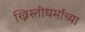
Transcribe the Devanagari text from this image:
ख्रिस्तीधर्माच्या